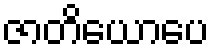
ဇာတိယောပေ